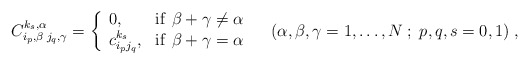
\begin{align*}C_{i_{ p},\beta \; j_{ q},\gamma}^{k_{ s},\alpha}= \left\{\begin{array}{lll}0, & \mathrm{if} \ \beta + \gamma \neq \alpha \\c_{i_{ p}j_{ q}}^{k_{s}}, & \mathrm{if} \ \beta + \gamma = \alpha\end{array} \right. \quad ( \alpha, \beta, \gamma = 1, \ldots ,N\;;\;p,q,s=0,1) \; ,\end{align*}